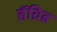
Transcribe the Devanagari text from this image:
हॅग्रिड